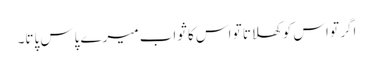
اگر تو اس کو کھلاتا تو اس کا ثواب میرے پاس پاتا۔